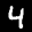
Label: 4